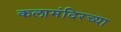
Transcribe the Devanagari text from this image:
कलामंदिरच्या